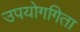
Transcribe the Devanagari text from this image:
उपयोगगिता